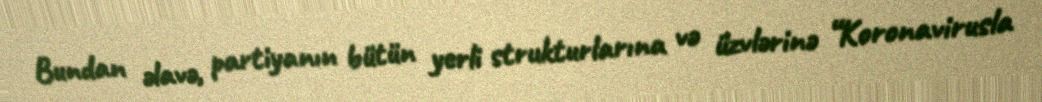
Bundan əlavə, partiyanın bütün yerli strukturlarına və üzvlərinə “Koronavirusla